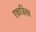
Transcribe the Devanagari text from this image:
एकत्रितच